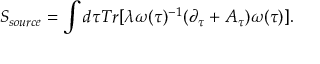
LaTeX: S _ { s o u r c e } = \int d \tau T r [ \lambda \omega ( \tau ) ^ { - 1 } ( \partial _ { \tau } + A _ { \tau } ) \omega ( \tau ) ] .